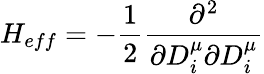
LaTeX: H_{eff}=-\frac{1}{2}\frac{\partial^{2}}{\partial D_{i}^{\mu}\partial D_{i}^{\mu}}